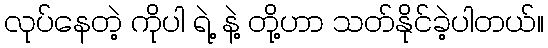
လုပ်နေတဲ့ ကိုပါ ရဲ့ နဲ့ တို့ဟာ သတ်နိုင်ခဲ့ပါတယ်။